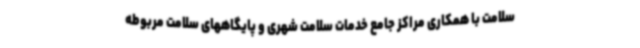
سلامت با همکاری مراکز جامع خدمات سلامت شهری و پایگاههای سلامت مربوطه